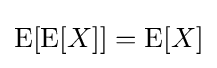
\operatorname {E} [\operatorname {E} [X]]=\operatorname {E} [X]